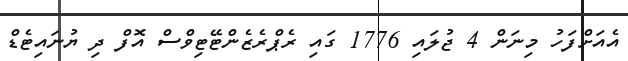
އެއަށްފަހު މިނަން 4 ޖުލައި 1776 ގައި ރެޕްރެޒެންޓޭޓިވްސް އޮފް ދި ޔުނައިޓެޑް